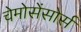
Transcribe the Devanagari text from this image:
चेमोसेंसोर्स